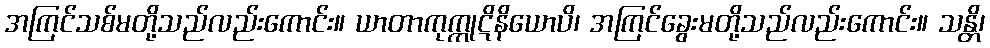
အကြင်သစ်မတို့သည်လည်းကောင်း။ ယာတာကုက္ကုဋိနိယောပိ၊ အကြင်ခွေးမတို့သည်လည်းကောင်း။ သန္တိ၊